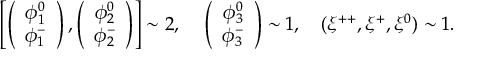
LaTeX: \left[ \left( \begin{array} { c } { { \phi _ { 1 } ^ { 0 } } } \\ { { \phi _ { 1 } ^ { - } } } \end{array} \right) , \left( \begin{array} { c } { { \phi _ { 2 } ^ { 0 } } } \\ { { \phi _ { 2 } ^ { - } } } \end{array} \right) \right] \sim 2 , ~ ~ ~ \left( \begin{array} { c } { { \phi _ { 3 } ^ { 0 } } } \\ { { \phi _ { 3 } ^ { - } } } \end{array} \right) \sim 1 , ~ ~ ~ ( \xi ^ { + + } , \xi ^ { + } , \xi ^ { 0 } ) \sim 1 .